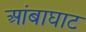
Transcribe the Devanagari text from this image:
आंबाघाट